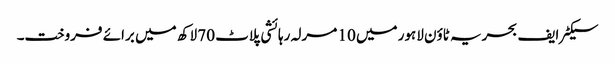
سیکٹر ایف بحریہ ٹاؤن لاہور میں 10 مرلہ رہائشی پلاٹ 70 لاکھ میں برائے فروخت۔